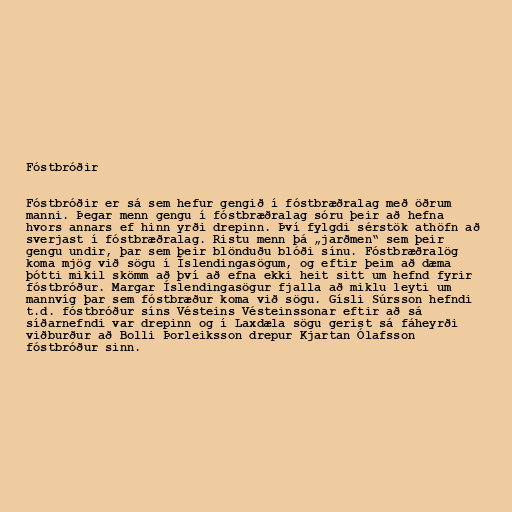
Fóstbróðir

Fóstbróðir er sá sem hefur gengið í fóstbræðralag með öðrum
manni. Þegar menn gengu í fóstbræðralag sóru þeir að hefna
hvors annars ef hinn yrði drepinn. Því fylgdi sérstök athöfn að
sverjast í fóstbræðralag. Ristu menn þá „jarðmen“ sem þeir
gengu undir, þar sem þeir blönduðu blóði sínu. Fóstbræðralög
koma mjög við sögu í Íslendingasögum, og eftir þeim að dæma
þótti mikil skömm að því að efna ekki heit sitt um hefnd fyrir
fóstbróður. Margar Íslendingasögur fjalla að miklu leyti um
mannvíg þar sem fóstbræður koma við sögu. Gísli Súrsson hefndi
t.d. fóstbróður síns Vésteins Vésteinssonar eftir að sá
síðarnefndi var drepinn og í Laxdæla sögu gerist sá fáheyrði
viðburður að Bolli Þorleiksson drepur Kjartan Ólafsson
fóstbróður sinn.